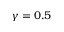
\gamma = 0 . 5